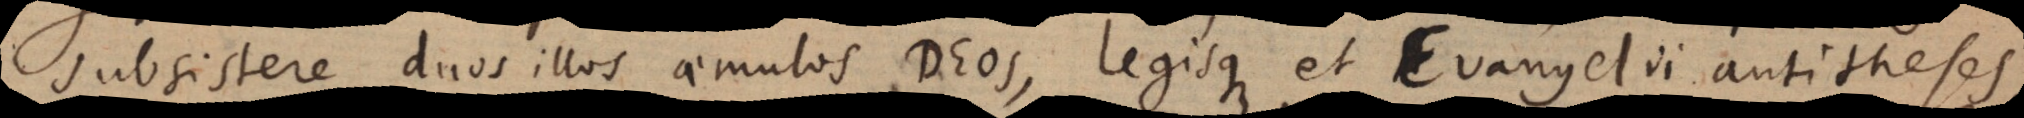
subsistere duos illos aemulos Deos, legisque et Evangelii antitheses